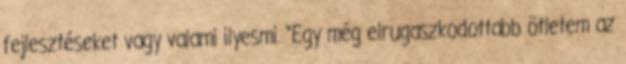
fejlesztéseket vagy valami ilyesmi. “Egy még elrugaszkodottabb ötletem az